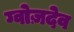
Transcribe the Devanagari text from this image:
ग्वोज़देव